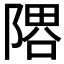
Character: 𨻞